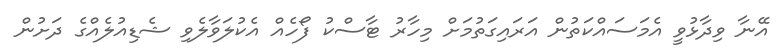
އޭނާ ވިދާޅުވީ އެމަސައްކަތުން އަރައިގަތުމަށް މިހާރު ޓާސްކު ފޯހެއް އެކުލަވާލެވި ޝެޑިއުލެއްގެ ދަށުން